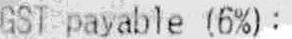
GST PAYABLE (6%):